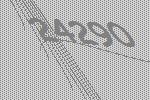
24290